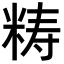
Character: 𥺅